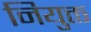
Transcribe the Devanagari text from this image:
नियुक्त